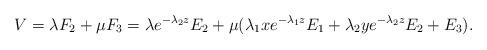
LaTeX: \begin{align*}V= \lambda F_2 + \mu F_3 = \lambda e^{- \lambda_2 z} E_2 + \mu (\lambda_1 x e^{-\lambda_1 z} E_1+ \lambda_2 y e^{-\lambda_2 z} E_2 + E_3).\end{align*}